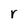
Character: r